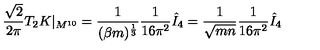
\frac { \sqrt { 2 } } { 2 \pi } T _ { 2 } K | _ { M ^ { 1 0 } } = \frac { 1 } { ( \beta m ) ^ { \frac { 1 } { 3 } } } \frac { 1 } { 1 6 \pi ^ { 2 } } \hat { I } _ { 4 } = \frac { 1 } { \sqrt { m n } } \frac { 1 } { 1 6 \pi ^ { 2 } } \hat { I } _ { 4 }